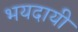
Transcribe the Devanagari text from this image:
भयदायी